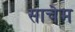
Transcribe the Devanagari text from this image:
साचेम